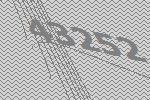
43252